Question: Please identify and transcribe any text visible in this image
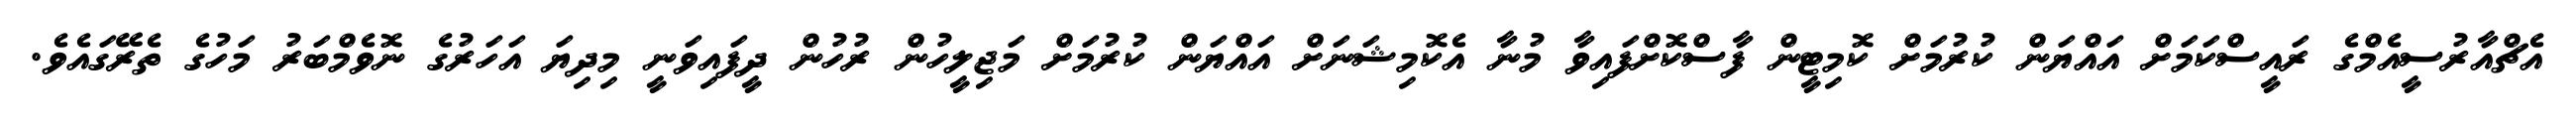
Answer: އެޗްއާރުސީއެމްގެ ރައީސްކަމަށް އައްޔަން ކުރުމަށް ކޮމިޓީން ފާސްކޮށްފައިވާ މުނާ އެކޮމިޝަނަށް އައްޔަން ކުރުމަށް މަޖިލީހުން ރުހުން ދީފައިވަނީ މިދިޔަ އަހަރުގެ ނޮވެމްބަރު މަހުގެ ތެރޭގައެވެ.